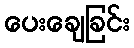
ပေးချေခြင်း